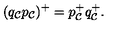
( q _ { \cal C } p _ { \cal C } ) ^ { + } = p _ { \cal C } ^ { + } q _ { \cal C } ^ { + } .